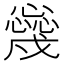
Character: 𢣳